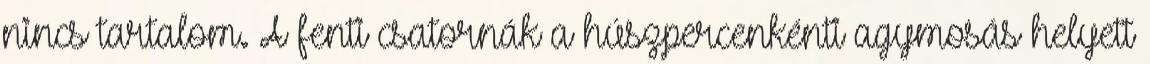
nincs tartalom. A fenti csatornák a húszpercenkénti agymosás helyett